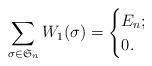
LaTeX: \begin{align*}\sum_{\sigma \in \mathfrak{S}_n} W_1(\sigma)= \begin{cases}E_n; &\\0 . &\end{cases}\end{align*}